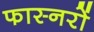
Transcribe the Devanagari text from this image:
फास्नरों